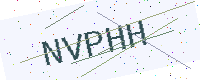
Text: NVPHH